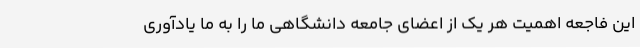
این فاجعه اهمیت هر یک از اعضای جامعه دانشگاهی ما را به ما یادآوری